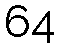
64